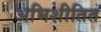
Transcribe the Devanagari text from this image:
अभिशीतित